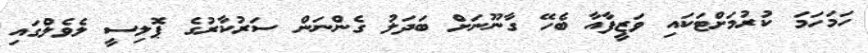
ހަމަހަމަ ކުރުމަށްޓަކައި ވަޒީފާއާ ބެހޭ ގާނޫނަށް ބަދަލު ގެންނަން ސަރުކާރުގެ ޕޮލިސީ ލެވެލްގައި